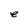
Character: e